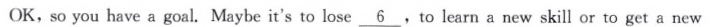
OK, so you have a goal. Maybe it's to lose \underline{6} to learn a new skill or to get a new